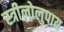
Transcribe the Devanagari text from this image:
स्त्रीलोलुपाय